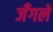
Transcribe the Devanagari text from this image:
जँगले